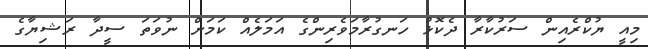
މިއީ ޔުކްރެއިން ސަރުކާރާ ދެކޮޅު ހަނގުރާމަވެރިންގެ އަމަލެއް ކަމަށް ނުވަތަ ސީދާ ރަޝިޔާގެ